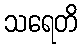
သရေတိ